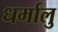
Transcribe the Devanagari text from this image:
धर्मालु